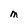
Character: n